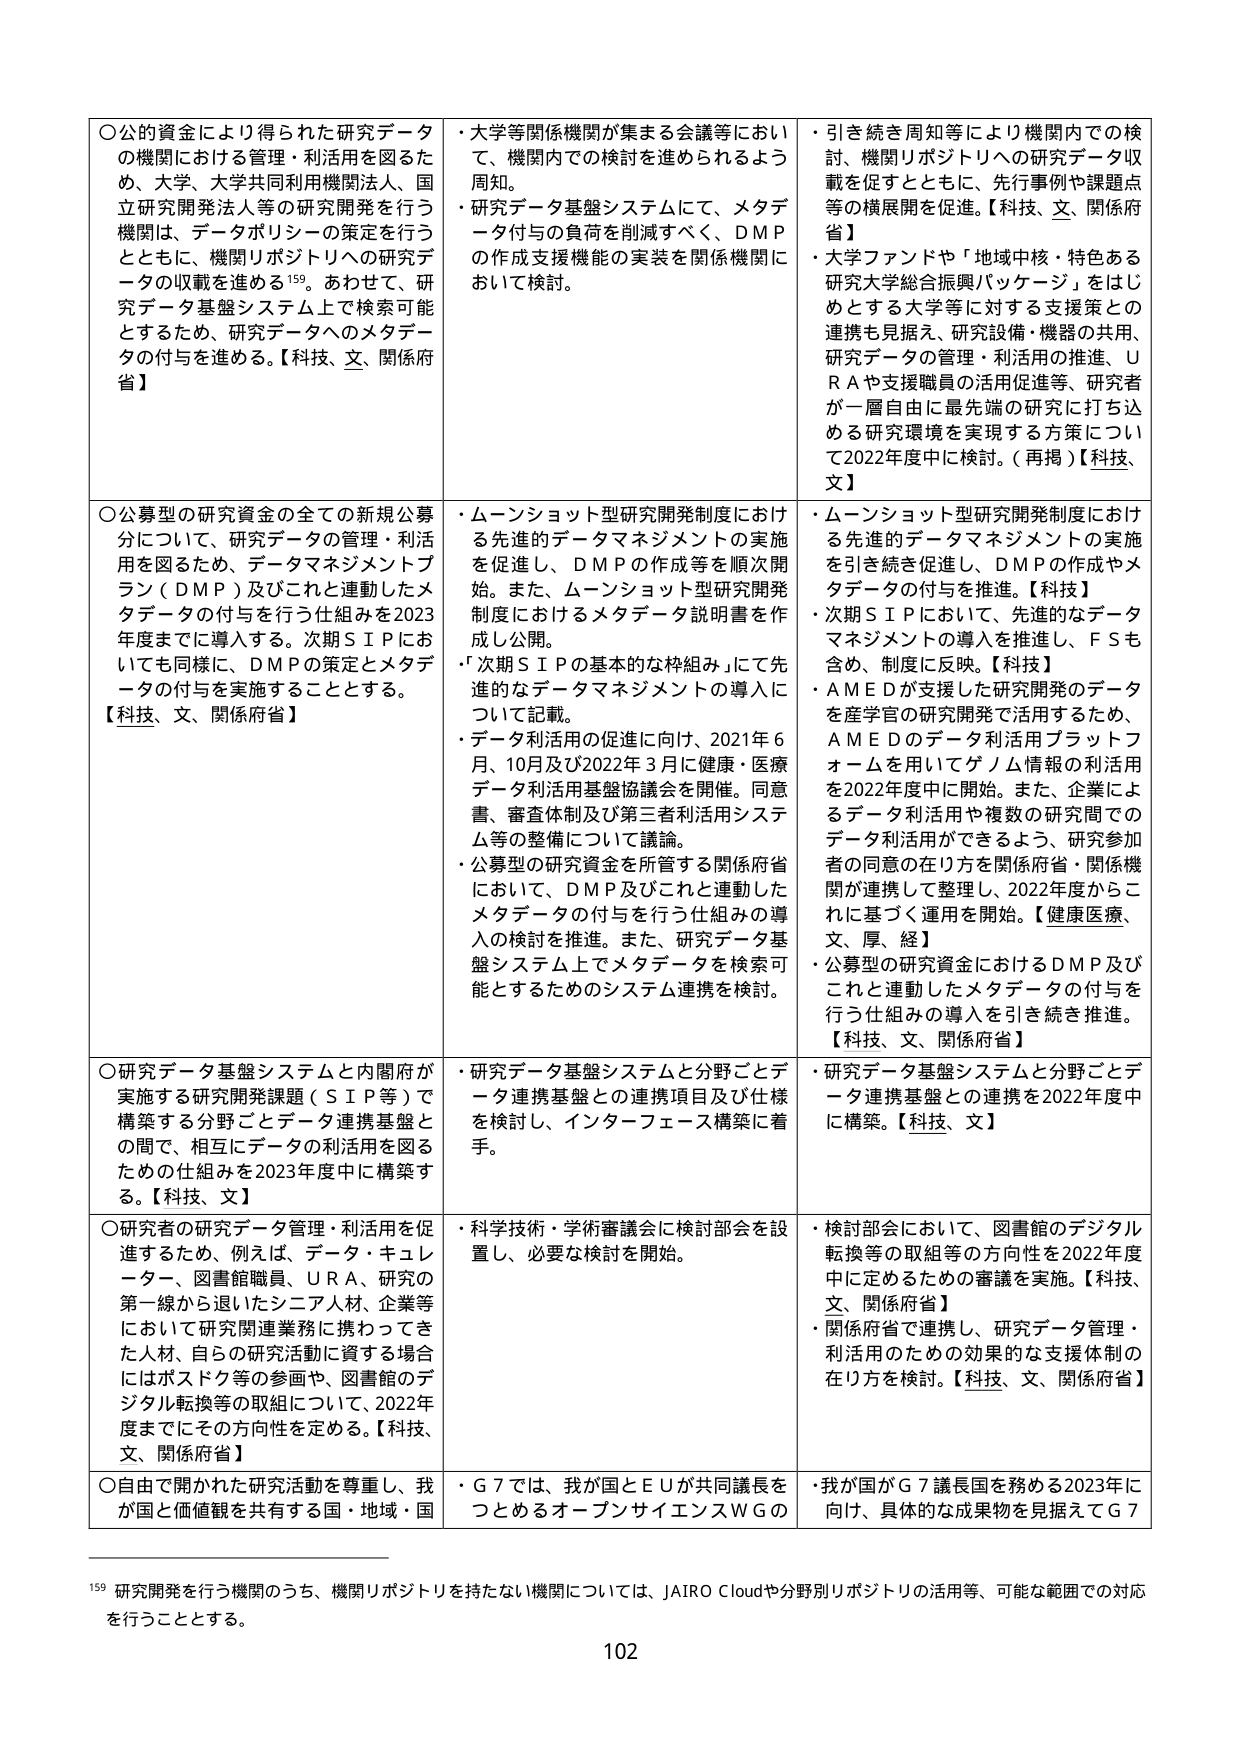
○公的資金により得られた研究データの機関における管理・利活用を図るため、大学、大学共同利用機関法人、国立研究開発法人等の研究開発を行う機関は、データポリシーの策定を行うとともに、機関リポジトリへの研究データの収載を進める¹⁵⁹。あわせて、研究データ基盤システム上で検索可能とするため、研究データへのメタデータの付与を進める。【科技、文、関係府省】

○公募型の研究資金の全ての新規公募分について、研究データの管理・利活用を図るため、データマネジメントプラン（DMP）及びこれと連動したメタデータの付与を行う仕組みを2023年度までに導入する。次期SIPにおいても同様に、DMPの策定とメタデータの付与を実施することとする。【科技、文、関係府省】

○研究データ基盤システムと内閣府が実施する研究開発課題（SIP等）で構築する分野ごとデータ連携基盤との間で、相互にデータの利活用を図るための仕組みを2023年度中に構築する。【科技、文】

○研究者の研究データ管理・利活用を促進するため、例えば、データ・キュレーター、図書館職員、URA、研究の第一線から退いたシニア人材、企業等において研究関連業務に携わってきた人材、自らの研究活動に資する場合にはポスドク等の参画や、図書館のデジタル転換等の取組について、2022年度までにその方向性を定める。【科技、文、関係府省】

○自由で開かれた研究活動を尊重し、我が国と価値観を共有する国・地域・国

・大学等関係機関が集まる会議等において、機関内での検討を進められるよう周知。
・研究データ基盤システムにて、メタデータ付与の負荷を削減すべく、DMPの作成支援機能の実装を関係機関において検討。

・ムーンショット型研究開発制度における先進的データマネジメントの実施を促進し、DMPの作成等を順次開始。また、ムーンショット型研究開発制度におけるメタデータ説明書を作成し公開。
・「次期SIPの基本的な枠組み」にて先進的なデータマネジメントの導入について記載。
・データ利活用の促進に向け、2021年6月、10月及び2022年3月に健康・医療データ利活用基盤協議会を開催。同意書、審査体制及び第三者利活用システム等の整備について議論。
・公募型の研究資金を所管する関係府省において、DMP及びこれと連動したメタデータの付与を行う仕組みの導入の検討を推進。また、研究データ基盤システム上でメタデータを検索可能とするためのシステム連携を検討。

・研究データ基盤システムと分野ごとデータ連携基盤との連携項目及び仕様を検討し、インターフェース構築に着手。

・科学技術・学術審議会に検討部会を設置し、必要な検討を開始。

・G7では、我が国とEUが共同議長をつとめるオープンサイエンスWGの

・引き続き周知等により機関内での検討、機関リポジトリへの研究データ収載を促すとともに、先行事例や課題点等の横展開を促進。【科技、文、関係府省】
・大学ファンドや「地域中核・特色ある研究大学総合振興パッケージ」をはじめとする大学等に対する支援策との連携も見据え、研究設備・機器の共用、研究データの管理・利活用の推進、URAや支援職員の活用促進等、研究者が一層自由に最先端の研究に打ち込める研究環境を実現する方策について2022年度中に検討。（再掲）【科技、文】

・ムーンショット型研究開発制度における先進的データマネジメントの実施を引き続き促進し、DMPの作成やメタデータの付与を推進。【科技】
・次期SIPにおいて、先進的なデータマネジメントの導入を推進し、FSも含め、制度に反映。【科技】
・AMEDが支援した研究開発のデータを産学官の研究開発で活用するため、AMEDのデータ利活用プラットフォームを用いてゲノム情報の利活用を2022年度中に開始。また、企業によるデータ利活用や複数の研究間でのデータ利活用ができるよう、研究参加者の同意の在り方を関係府省・関係機関が連携して整理し、2022年度からこれに基づく運用を開始。【健康医療、文、厚、経】
・公募型の研究資金におけるDMP及びこれと連動したメタデータの付与を行う仕組みの導入を引き続き推進。【科技、文、関係府省】

・研究データ基盤システムと分野ごとデータ連携基盤との連携を2022年度中に構築。【科技、文】

・検討部会において、図書館のデジタル転換等の取組等の方向性を2022年度中に定めるための審議を実施。【科技、文、関係府省】
・関係府省で連携し、研究データ管理・利活用のための効果的な支援体制の在り方を検討。【科技、文、関係府省】

・我が国がG7議長国を務める2023年に向け、具体的な成果物を見据えてG7

¹⁵⁹ 研究開発を行う機関のうち、機関リポジトリを持たない機関については、JAIRO Cloudや分野別リポジトリの活用等、可能な範囲での対応を行うこととする。

102